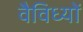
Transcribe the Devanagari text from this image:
वैविध्यों